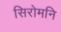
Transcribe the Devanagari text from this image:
सिरोमनि